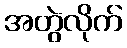
အတွဲလိုက်